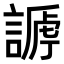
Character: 𧪥